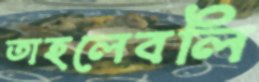
তাহলেবলি